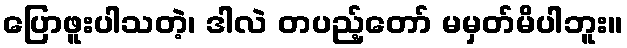
ပြောဖူးပါသတဲ့၊ ဒါလဲ တပည့်တော် မမှတ်မိပါဘူး။